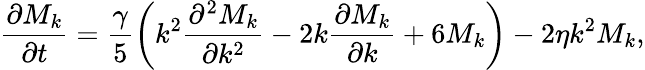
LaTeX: \frac{\partial M_{k}}{\partial t}=\frac{\gamma}{5}\bigg(k^{2}\frac{\partial^{2}M_{k}}{\partial k^{2}}-2k\frac{\partial M_{k}}{\partial k}+6M_{k}\bigg)-2\eta k^{2}M_{k},